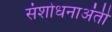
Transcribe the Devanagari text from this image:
संशोधनाअंती